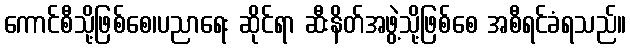
ကောင်စီသို့ဖြစ်စေ၊ပညာရေး ဆိုင်ရာ ဆီးနိတ်အဖွဲ့သို့ဖြစ်စေ အစီရင်ခံရသည်။